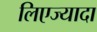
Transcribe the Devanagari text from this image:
लिएज्यादा